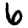
Digit: 6